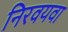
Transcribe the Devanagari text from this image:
निरवयवा